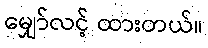
မျှော်လင့် ထားတယ်။